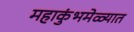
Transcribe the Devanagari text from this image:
महाकुंभमेळ्यात